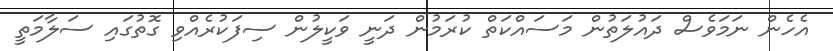
އެހެން ނަމަވެސް ދައުލަތުން މަސައްކަތް ކުރަމުން ދަނީ ވަކީލުން ސިފަކުރެއްވި ގޮތުގައި ސަލާމަތީ